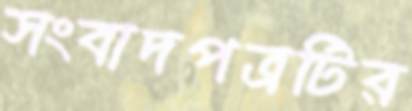
সংবাদপত্রটির